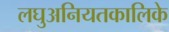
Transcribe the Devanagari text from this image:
लघुअनियतकालिके